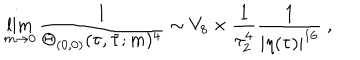
LaTeX: \lim _ { m \rightarrow 0 } \frac { 1 } { \Theta _ { ( 0 , 0 ) } ( \tau , \bar { \tau } ; m ) ^ { 4 } } \sim V _ { 8 } \times \frac { 1 } { \tau _ { 2 } ^ { 4 } } \frac { 1 } { | \eta ( \tau ) | ^ { 1 6 } } ~ ,